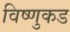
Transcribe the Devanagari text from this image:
विष्णुकड